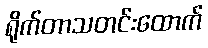
ရိုက်တာသတင်းထောက်